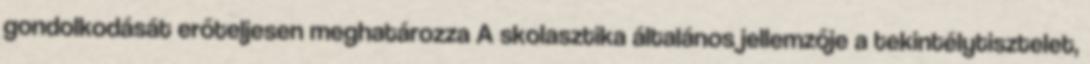
gondolkodását erőteljesen meghatározza A skolasztika általános jellemzője a tekintélytisztelet,